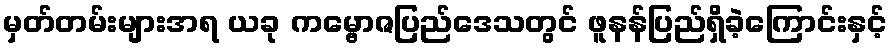
မှတ်တမ်းများအရ ယခု ကမ္ဗောဇပြည်ဒေသတွင် ဖူနန်ပြည်ရှိခဲ့ကြောင်းနှင့်